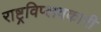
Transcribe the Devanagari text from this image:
राष्ट्रविप्लवकारी